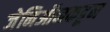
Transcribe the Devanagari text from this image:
जेनिऑनकडून